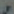
مر